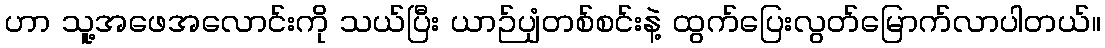
ဟာ သူ့အဖေအလောင်းကို သယ်ပြီး ယာဉ်ပျံတစ်စင်းနဲ့ ထွက်ပြေးလွတ်မြောက်လာပါတယ်။